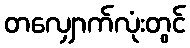
တလျှောက်လုံးတွင်